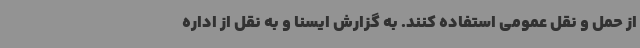
از حمل و نقل عمومی استفاده کنند. به گزارش ایسنا و به نقل از اداره